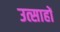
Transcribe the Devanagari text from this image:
उत्साहों